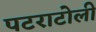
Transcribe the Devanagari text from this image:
पटराटोली